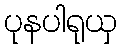
ပုနပါရုယှ